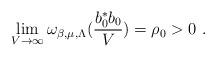
LaTeX: \begin{align*}\lim_{V \to \infty} \omega_{\beta,\mu,\Lambda}(\frac{b_{{0}}^{*}b_{{0}}}{V}) = \rho_{{0}}>0 \ .\end{align*}